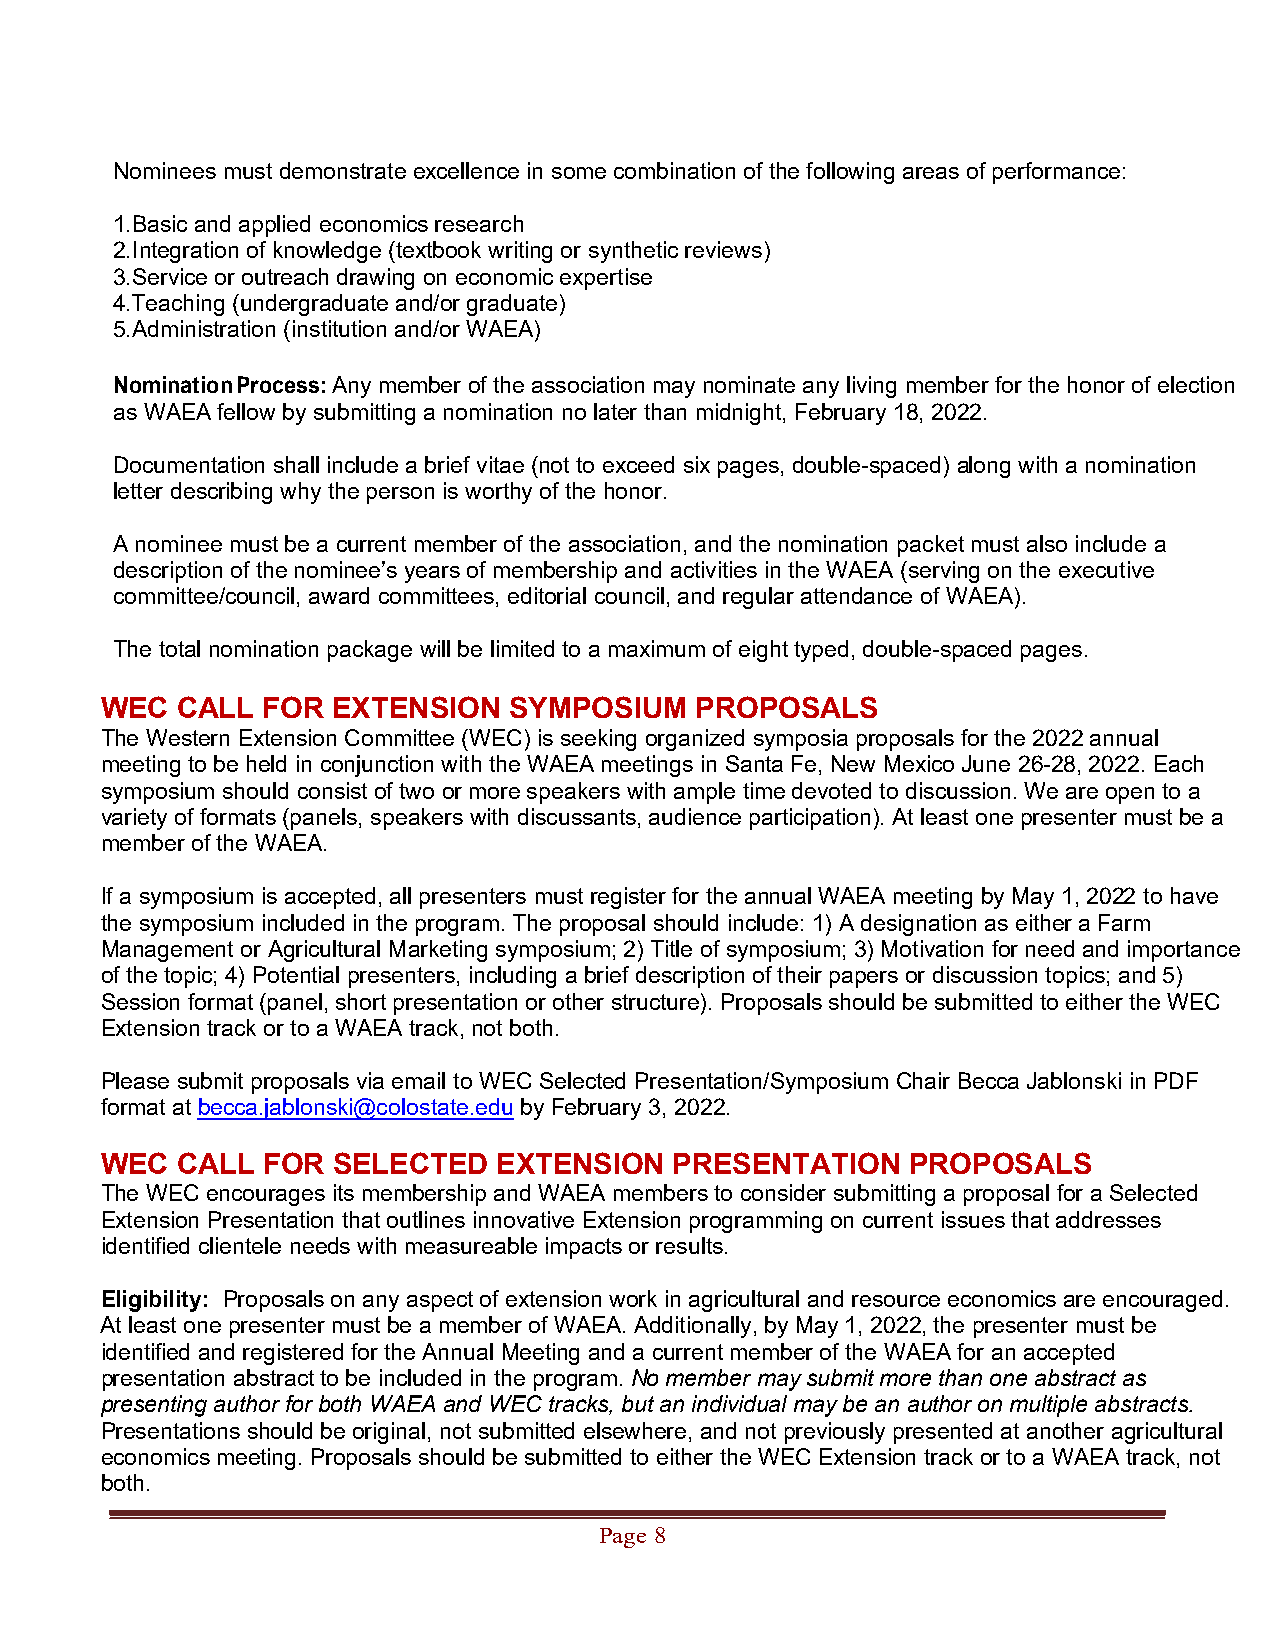
Nominees must demonstrate excellence in some combination of the following areas of performance:
 1.Basic and applied economics research
 2.Integration of knowledge (textbook writing or synthetic reviews)
 3.Service or outreach drawing on economic expertise
 4.Teaching (undergraduate and/or graduate)
 5.Administration (institution and/or WAEA)
 Nomination Process: Any member of the association may nominate any living member for the honor of election
 as WAEA fellow by submitting a nomination no later than midnight, February 18, 2022.
 Documentation shall include a brief vitae (not to exceed six pages, double-spaced) along with a nomination
 letter describing why the person is worthy of the honor.
 A nominee must be a current member of the association, and the nomination packet must also include a
 description of the nominee’s years of membership and activities in the WAEA (serving on the executive
 committee/council, award committees, editorial council, and regular attendance of WAEA).
 The total nomination package will be limited to a maximum of eight typed, double-spaced pages.
 WEC  CALL FOR  EXTENSION   SYMPOSIUM   PROPOSALS
 The Western Extension Committee (WEC) is seeking organized symposia proposals for the 2022 annual
 meeting to be held in conjunction with the WAEA meetings in Santa Fe, New Mexico June 26-28, 2022. Each
 symposium should consist of two or more speakers with ample time devoted to discussion. We are open to a
 variety of formats (panels, speakers with discussants, audience participation). At least one presenter must be a
 member of the WAEA.
 If a symposium is accepted, all presenters must register for the annual WAEA meeting by May 1, 2022 to have
 the symposium included in the program. The proposal should include: 1) A designation as either a Farm
 Management or Agricultural Marketing symposium; 2) Title of symposium; 3) Motivation for need and importance
 of the topic; 4) Potential presenters, including a brief description of their papers or discussion topics; and 5)
 Session format (panel, short presentation or other structure). Proposals should be submitted to either the WEC
 Extension track or to a WAEA track, not both.
 Please submit proposals via email to WEC Selected Presentation/Symposium Chair Becca Jablonski in PDF
 format at becca.jablonski@colostate.edu by February 3, 2022.
 WEC  CALL FOR  SELECTED   EXTENSION   PRESENTATION   PROPOSALS
 The WEC encourages its membership and WAEA members to consider submitting a proposal for a Selected
 Extension Presentation that outlines innovative Extension programming on current issues that addresses
 identified clientele needs with measureable impacts or results.
 Eligibility: Proposals on any aspect of extension work in agricultural and resource economics are encouraged.
 At least one presenter must be a member of WAEA. Additionally, by May 1, 2022, the presenter must be
 identified and registered for the Annual Meeting and a current member of the WAEA for an accepted
 presentation abstract to be included in the program. No member may submit more than one abstract as
 presenting author for both WAEA and WEC tracks, but an individual may be an author on multiple abstracts.
 Presentations should be original, not submitted elsewhere, and not previously presented at another agricultural
 economics meeting. Proposals should be submitted to either the WEC Extension track or to a WAEA track, not
 both.
 Page 8